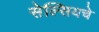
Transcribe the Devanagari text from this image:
सेल्सियचे